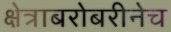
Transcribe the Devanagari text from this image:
क्षेत्राबरोबरीनेच